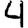
Digit: 4